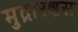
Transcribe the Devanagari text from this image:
मुद्रारक्षस